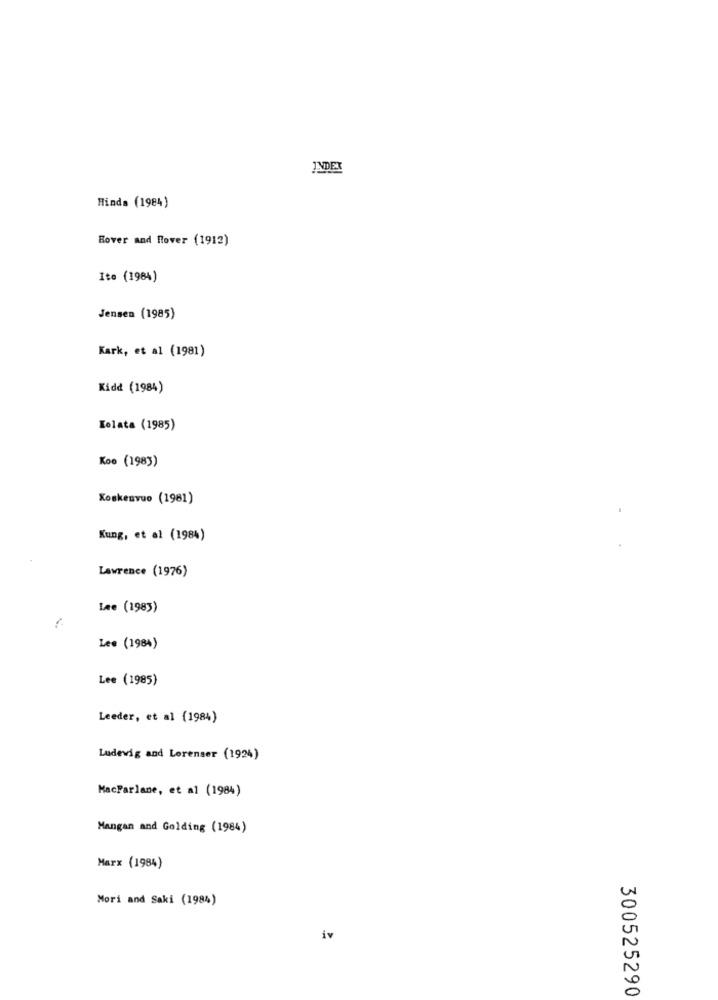
INDEX
Hinds (1984)
Bover and Hover (1912)
Ito (1984)
Jensen (1985)
Kark, et al (1981)
Kidd (1984)
Kolata (1985)
Koo (1983)
Koskesvuo (1981)
Kung, et al (1984)
Lawrence (1976)
Lee (1983)
Lee (1984)
Lee (1985)
Leeder, et al (1984)
Ludewig and Lorenser (1924)
MacParlane, et al (1984)
Mangan and Golding (1984)
Marx (1984)
Mori and Saki (1984)
iv
300525290